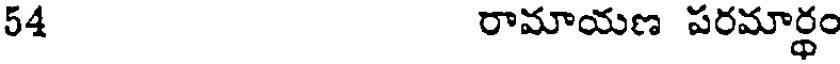
54 రామాయణ పరమార్థం